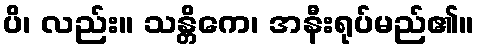
ပိ၊ လည်း။ သန္တိကေ၊ အနီးရုပ်မည်၏။